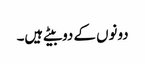
دونوں کے دوبیٹے ہیں۔